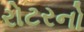
રોટરનો